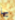
بها